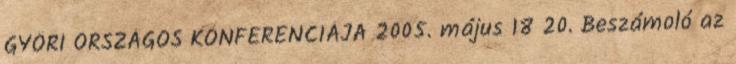
GYŐRI ORSZÁGOS KONFERENCIÁJA 2005. május 18 20. Beszámoló az